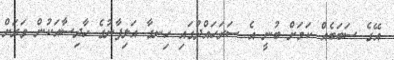
އޭގެ ސަބަބެއް ކަމަށް ބުނީ އެ ސަރަހައްދުގައި ހިނގާ އަލިފާނުގެ ހާދިސާއަކުން ވަރަށް